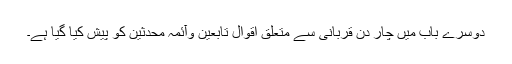
دوسرے باب میں چار دن قربانی سے متعلق اقوال تابعین وآئمہ محدثین کو پیش کیا گیا ہے۔